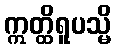
ဣတ္ထိရူပသ္မိ